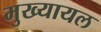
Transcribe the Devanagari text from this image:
मुख्‍यायल